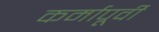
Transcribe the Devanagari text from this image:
कर्मापूर्वी